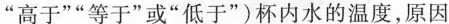
”高于””等于”或”低于”)杯内水的温度，原因